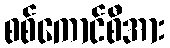
စစ်ကောင်စီအား